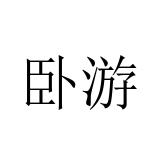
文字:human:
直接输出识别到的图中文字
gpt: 卧游